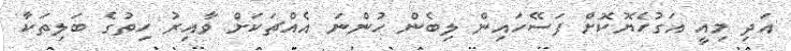
އަދި މިއީ އަގުހެޔޮކޮށް ފަސޭހައިން ލިބެން ހުންނަ އެއްޗަކަށް ވާއިރު ހިތުގެ ބަލިތަކާ